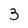
Character: 3